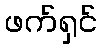
ဖက်ရှင်